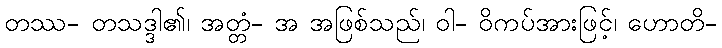
တဿ- တသဒ္ဒါ၏၊ အတ္တံ- အ အဖြစ်သည်၊ ဝါ- ဝိကပ်အားဖြင့်၊ ဟောတိ-